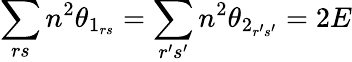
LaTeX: \sum_{rs}n^{2}\theta_{1_{rs}}=\sum_{r^{\prime}s^{\prime}}n^{2}\theta_{2_{r^{\prime}s^{\prime}}}=2E